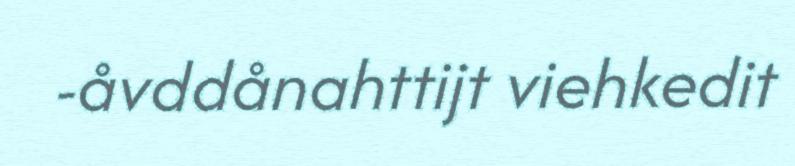
-åvddånahttijt viehkedit